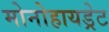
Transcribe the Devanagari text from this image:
मोनोहायड्रेट